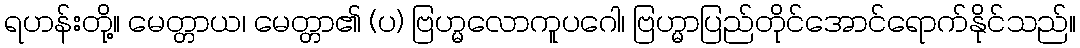
ရဟန်းတို့။ မေတ္တာယ၊ မေတ္တာ၏ (ပ) ဗြဟ္မလောကူပဂေါ၊ ဗြဟ္မာပြည်တိုင်အောင်ရောက်နိုင်သည်။